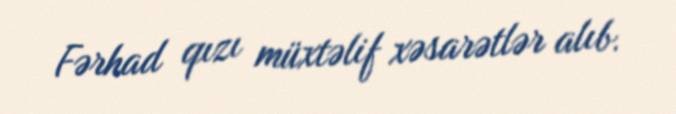
Fərhad qızı müxtəlif xəsarətlər alıb.